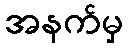
အနက်မှ